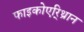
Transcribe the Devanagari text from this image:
फाइकोएरि्थ्रान